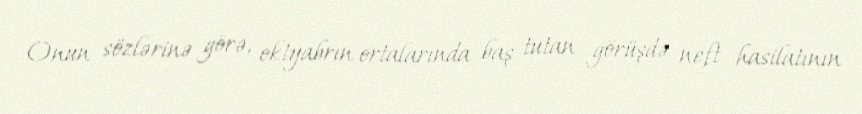
Onun sözlərinə görə, oktyabrın ortalarında baş tutan görüşdə neft hasilatının